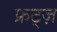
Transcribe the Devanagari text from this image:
फ्रट्ज़